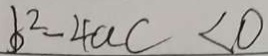
b ^ { 2 } - 4 a c < 0